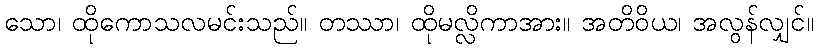
သော၊ ထိုကောသလမင်းသည်။ တဿာ၊ ထိုမလ္လိကာအား။ အတိဝိယ၊ အလွန်လျှင်။